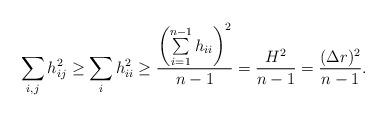
LaTeX: \begin{align*}\sum\limits_{i, j}h_{ij}^2\geq \sum\limits_{i}h_{ii}^2\geq {\left(\sum\limits_{i=1}^{n-1} h_{ii} \right)^2\over n-1}={H^2\over n-1}={(\Delta r)^2\over n-1}.\end{align*}